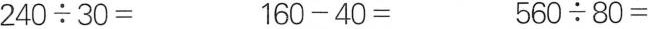
$$2 4 0 \div 3 0 =$$ $$1 6 0 - 4 0 =$$ $$5 6 0 \div 8 0 =$$